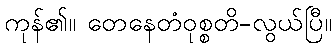
ကုန်၏။ တေနေတံဝုစ္စတိ-လွယ်ပြီ။